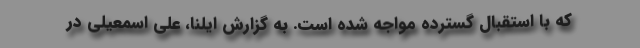
که با استقبال گسترده مواجه شده است. به گزارش ایلنا، علی اسمعیلی در